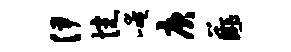
伊惋崦庚薤